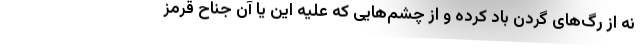
نه از رگ‌های گردن باد کرده و از چشم‌هایی که علیه این یا آن جناح قرمز